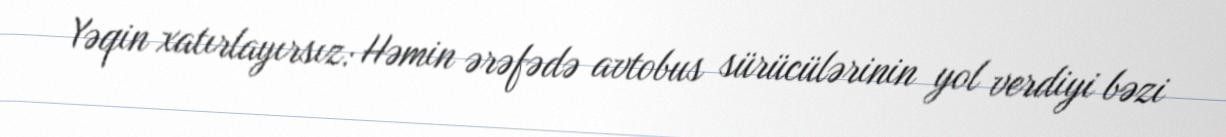
Yəqin xatırlayırsız: Həmin ərəfədə avtobus sürücülərinin yol verdiyi bəzi